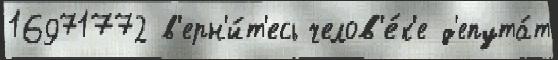
16971772 в'ерн'и́т'есь челов'е́к'е д'епута́т